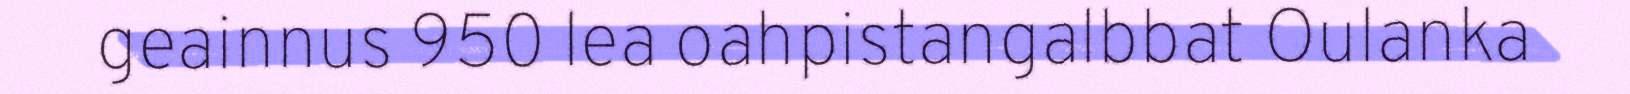
geainnus 950 lea oahpistangalbbat Oulanka